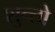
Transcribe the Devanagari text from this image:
शुन्तो